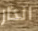
انذار